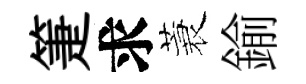
箑求蓑鍮